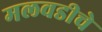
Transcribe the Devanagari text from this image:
मलवडीचे